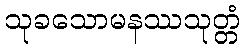
သုခသောမနဿသုတ္တံ